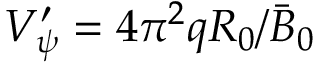
V _ { \psi } ^ { \prime } = 4 \pi ^ { 2 } q R _ { 0 } / \bar { B } _ { 0 }